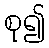
စု၍